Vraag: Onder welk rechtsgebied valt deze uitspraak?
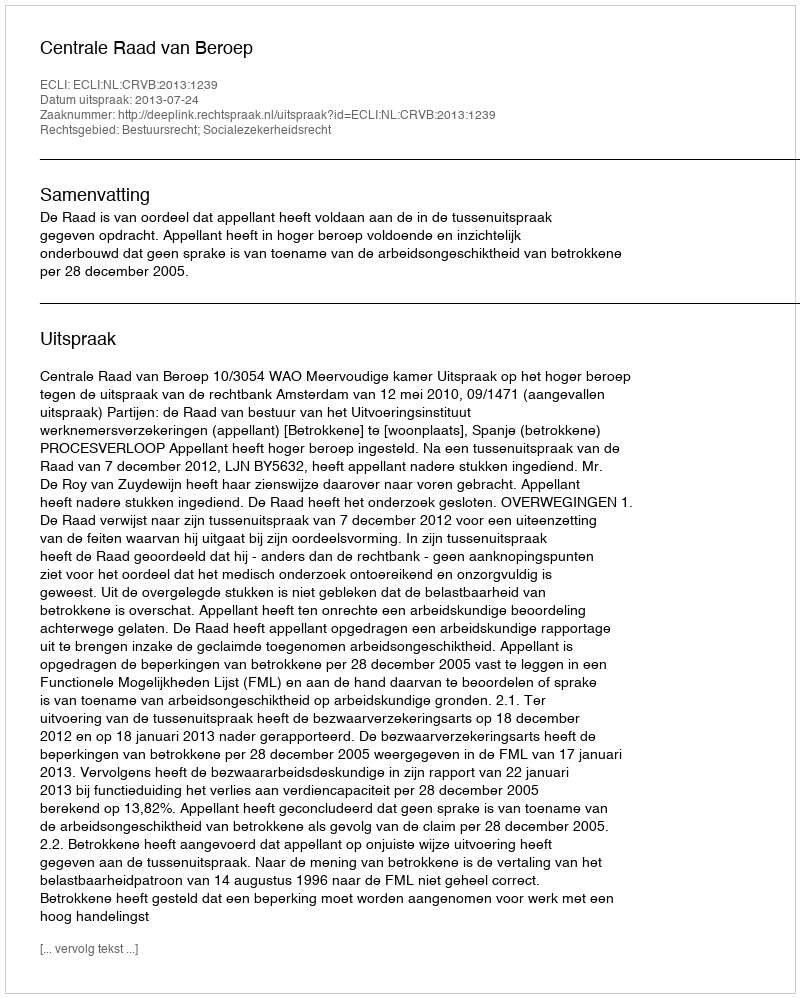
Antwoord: Bestuursrecht; Socialezekerheidsrecht